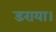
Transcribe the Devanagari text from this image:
डराया।